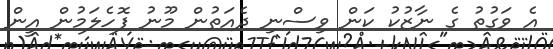
އެ ވަގުތު ގެ ނާޒުކު ކަން ވިސްނި ދެއަތުން މޫނު ފޮހެލަމުން އީން